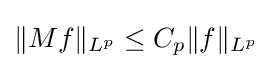
\|Mf\|_{L^{p}}\leq C_{p}\|f\|_{L^{p}}